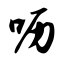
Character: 呖